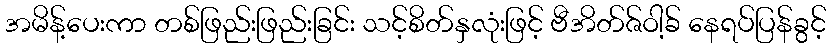
အမိန့်ပေးကာ တစ်ဖြည်းဖြည်းခြင်း သင့်စိတ်နှလုံးဖြင့် ဗီအိတ်ဇ်ဝါ့ခ် နေရပ်ပြန်ခွင့်